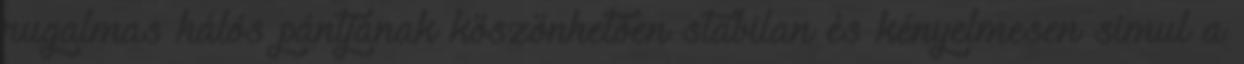
rugalmas hálós pántjának köszönhetően stabilan és kényelmesen simul a